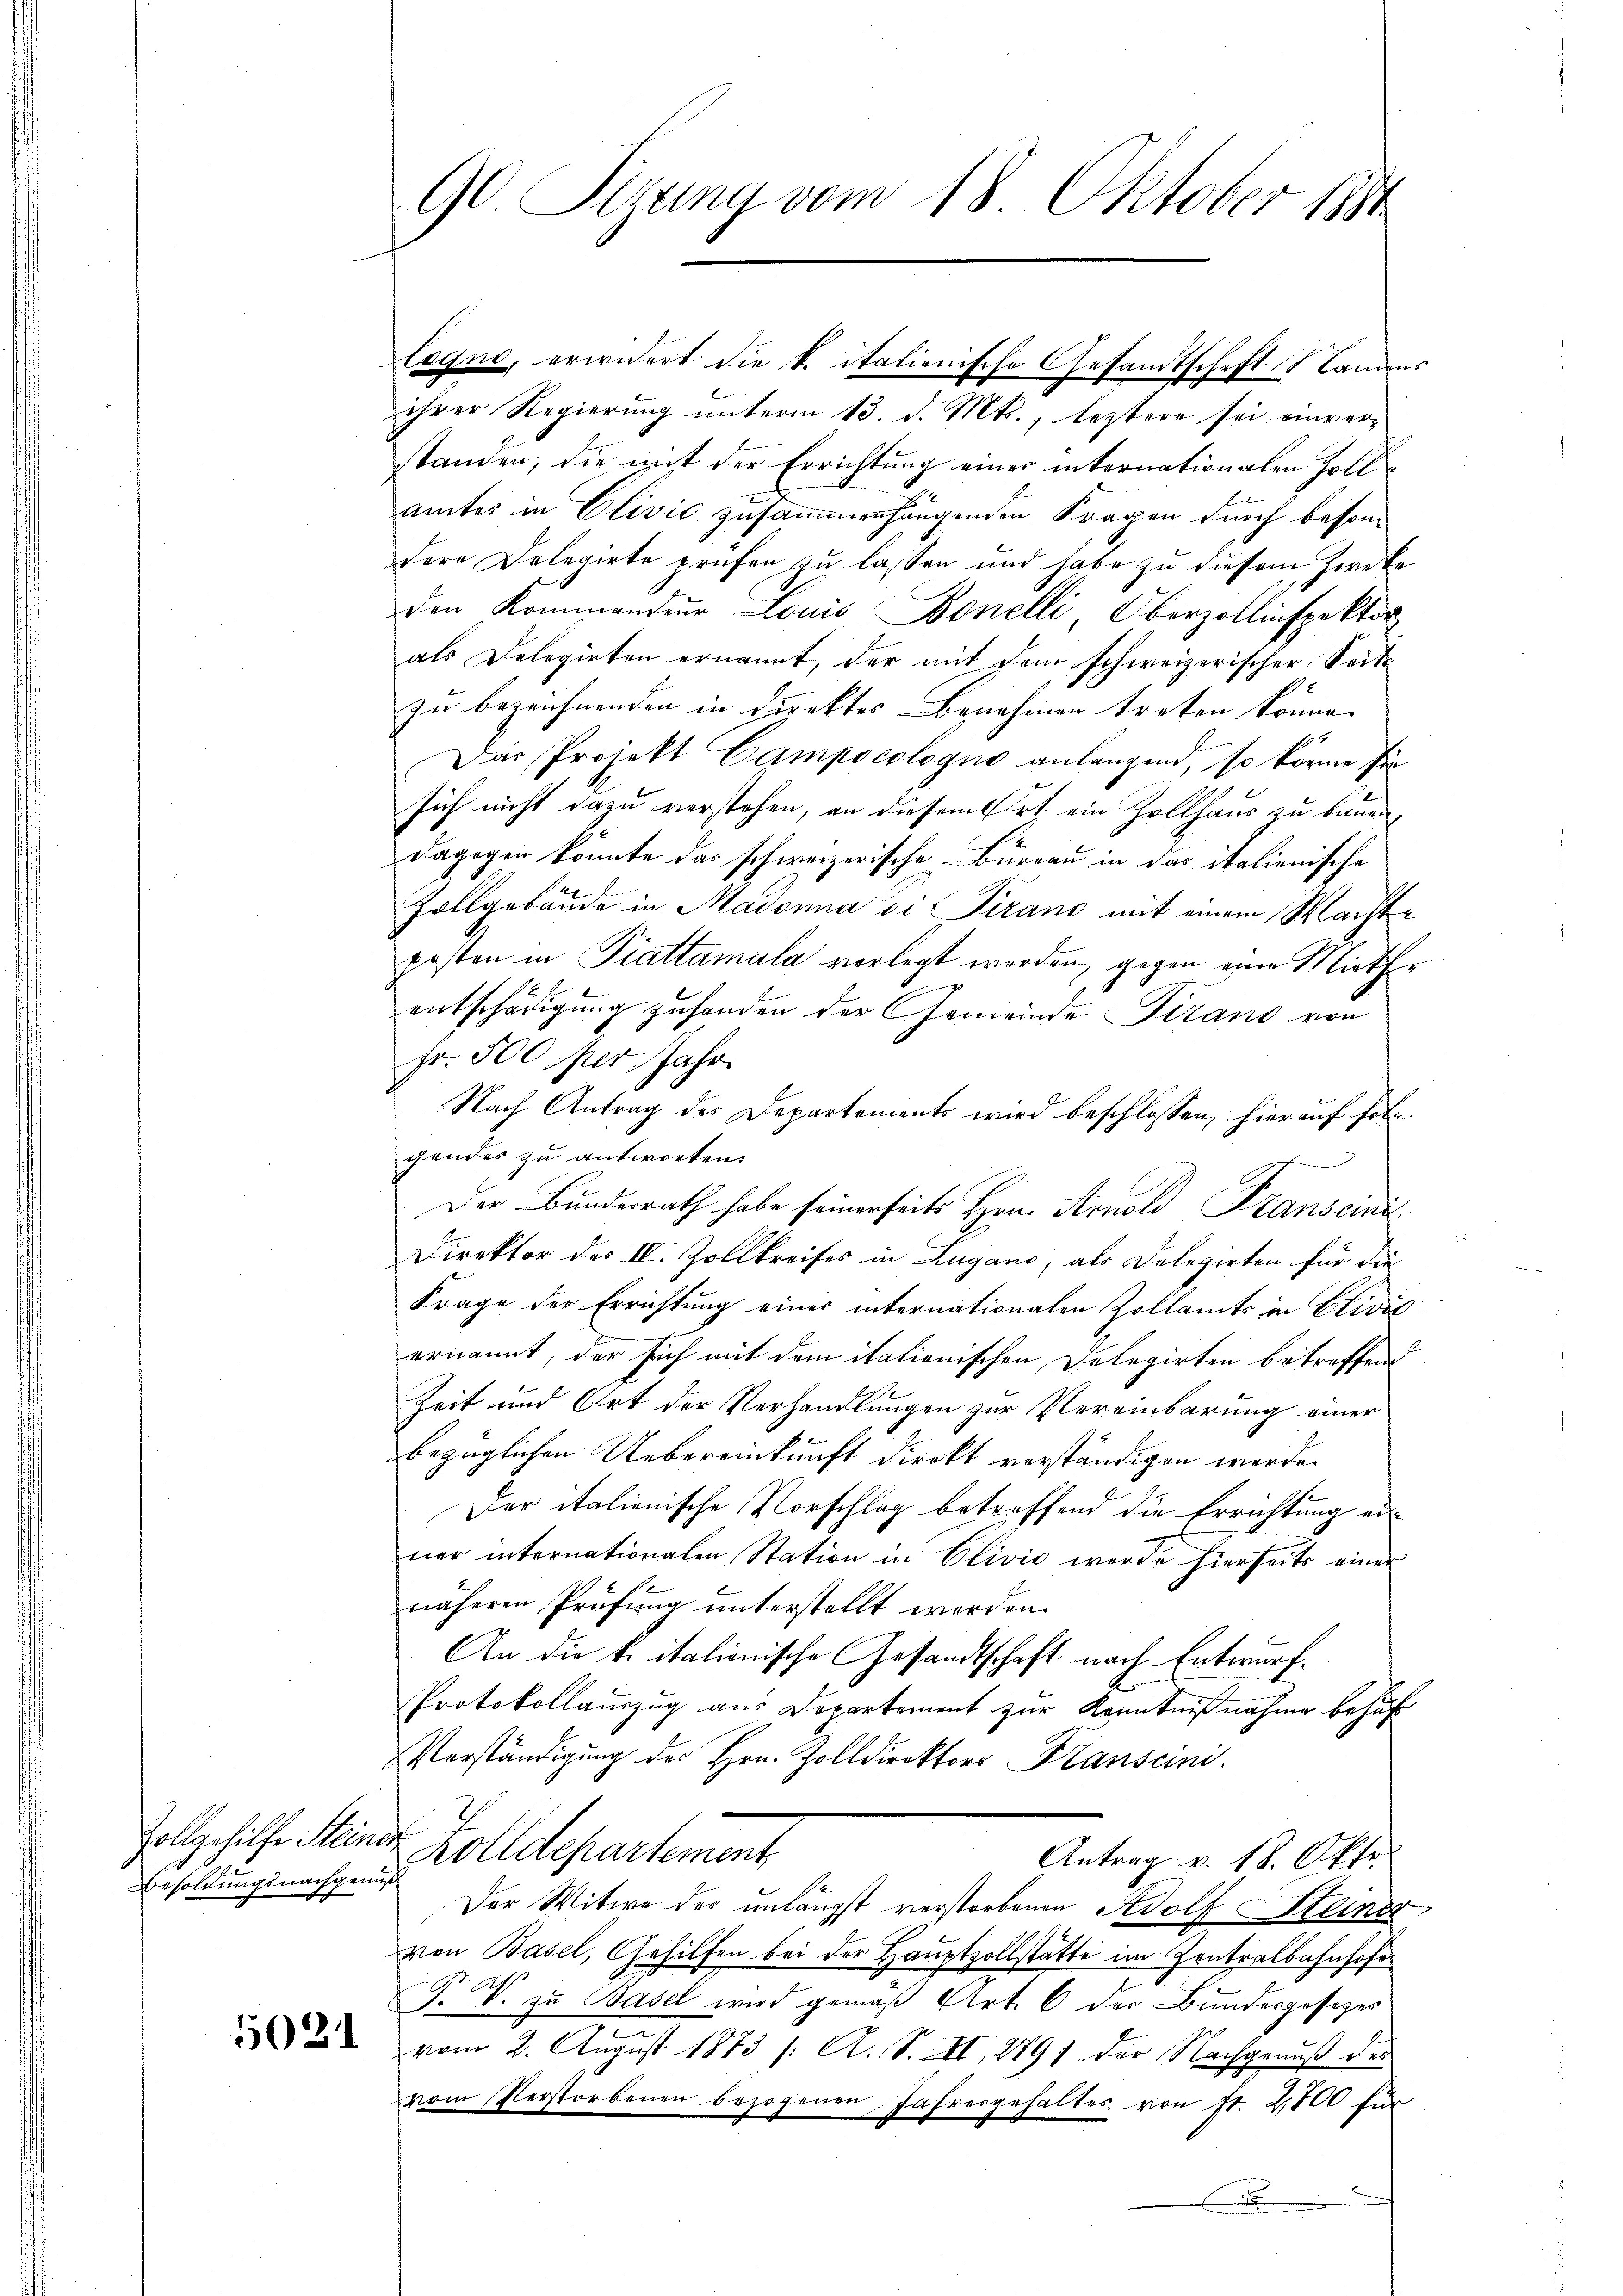
Besoldungsnachgenuß

logno, erwidert die k. italienische Gesandtschaft Landens
ihrer Regierung unterm 13. d. Mts., leztere sei einverstanden, die mit der Errichtung einer internationalen Zoll
amtes in Clivić zusammenhängenden Fragen durch besondere Delegirte prüfen zu lassen und habe zu diesem Zwecke
den Kommander Louis Bonelli, Oberzollinspektor
als Delegirten ernannt, der mit dem schweizerischer Seits
zu bezeichnenden in Direktes Benehmen treten könne. |
Das Projekt Campoeologne anlangend, so könne für
sich nicht dazu verstehen, an diesem Ort ein Zollhaus zu bauen
dagegen könnte das schweizerische Büreau in das italienische
Zollgebäude in Madonna di Pirano mit einem Machte
posten in Piattamala verlegt werden, gegen eine Miether
entschädigung zufanden der Gemeinde Tirano von
Fr. 500 per Jahr.
Nach Antrag des Departements wird beschlossen, hierauf fol
gendes zu antworten.
Der Bundesrath habe seinerseits Hrn. Arnold Franscinis
Direktor des IV. Zollkreises in Lugano, als Delegirten für die
Frage der Errichtung eines internationalen Zollamts in Clivić-
ernannt, der sich mit dem italienischen Delegirten betreffend
Zeit und Ort der Verhandlungen zur Vereinbarung einer
bezüglichen Uebereinkunft direkt verständigen werde.
Der italienische Vorschlag betreffend die Errichtung einer internationalen Station in Clivić werde hierseits einer
1
näheren Prüfung unterstellt werden.
An die k. italionische Gesandtschaft nach Entwurf.
Protokollauszug aus Departement zur Kenntnißnahme behuf
Verständigung des Hrn. Zolldirektors Franscini.
2
Zollgehilfe Steinde Zolldepartement,
Antrag v. 18. Okto
Der Witwe des unlängst verstorbenen Adolf Steiner,
von Basel, Gehilfen bei der Hauptzollstatte im Zentralbahnhofe
P. V. zu Basel wird gemäß Art. 6 der Bundesgesezes
2 vom 2. August 1873 /: A. S. II, 1891 der Nachgenuß der
vom Verstorbenen bezogenen Jahresgehaltes von fr. 2,700 für
.

90 Sizung vom 18. Oktober 1891